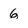
Character: 6